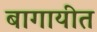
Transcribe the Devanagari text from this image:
बागायीत